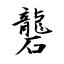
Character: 礱